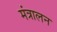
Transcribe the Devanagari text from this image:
मंत्रालन